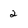
Character: 2